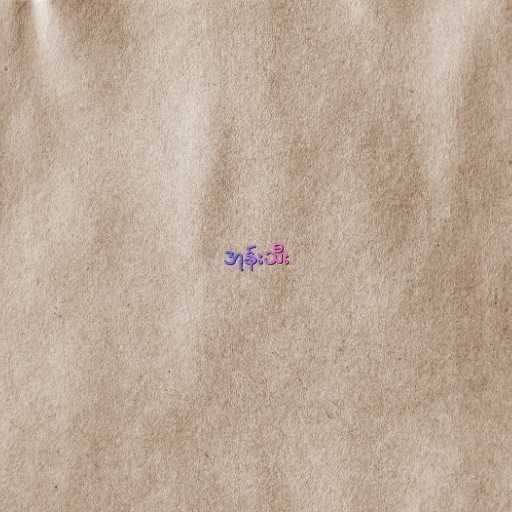
အုန်းသီး